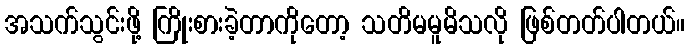
အသက်သွင်းဖို့ ကြိုးစားခဲ့တာကိုတော့ သတိမမူမိသလို ဖြစ်တတ်ပါတယ်။